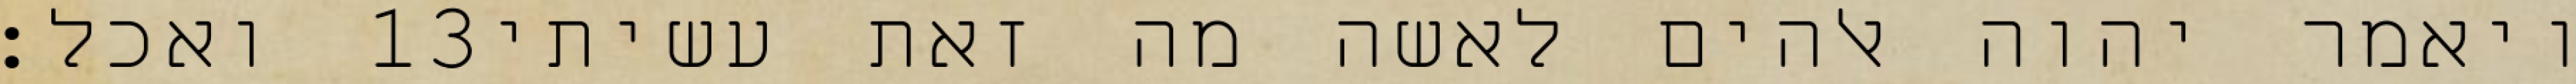
ואכל׃ ‎13‏ ויאמר יהוה אלהים לאשה מה זאת עשיתי